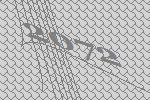
2072